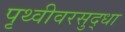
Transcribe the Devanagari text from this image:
पृथ्वीवरसुद्धा